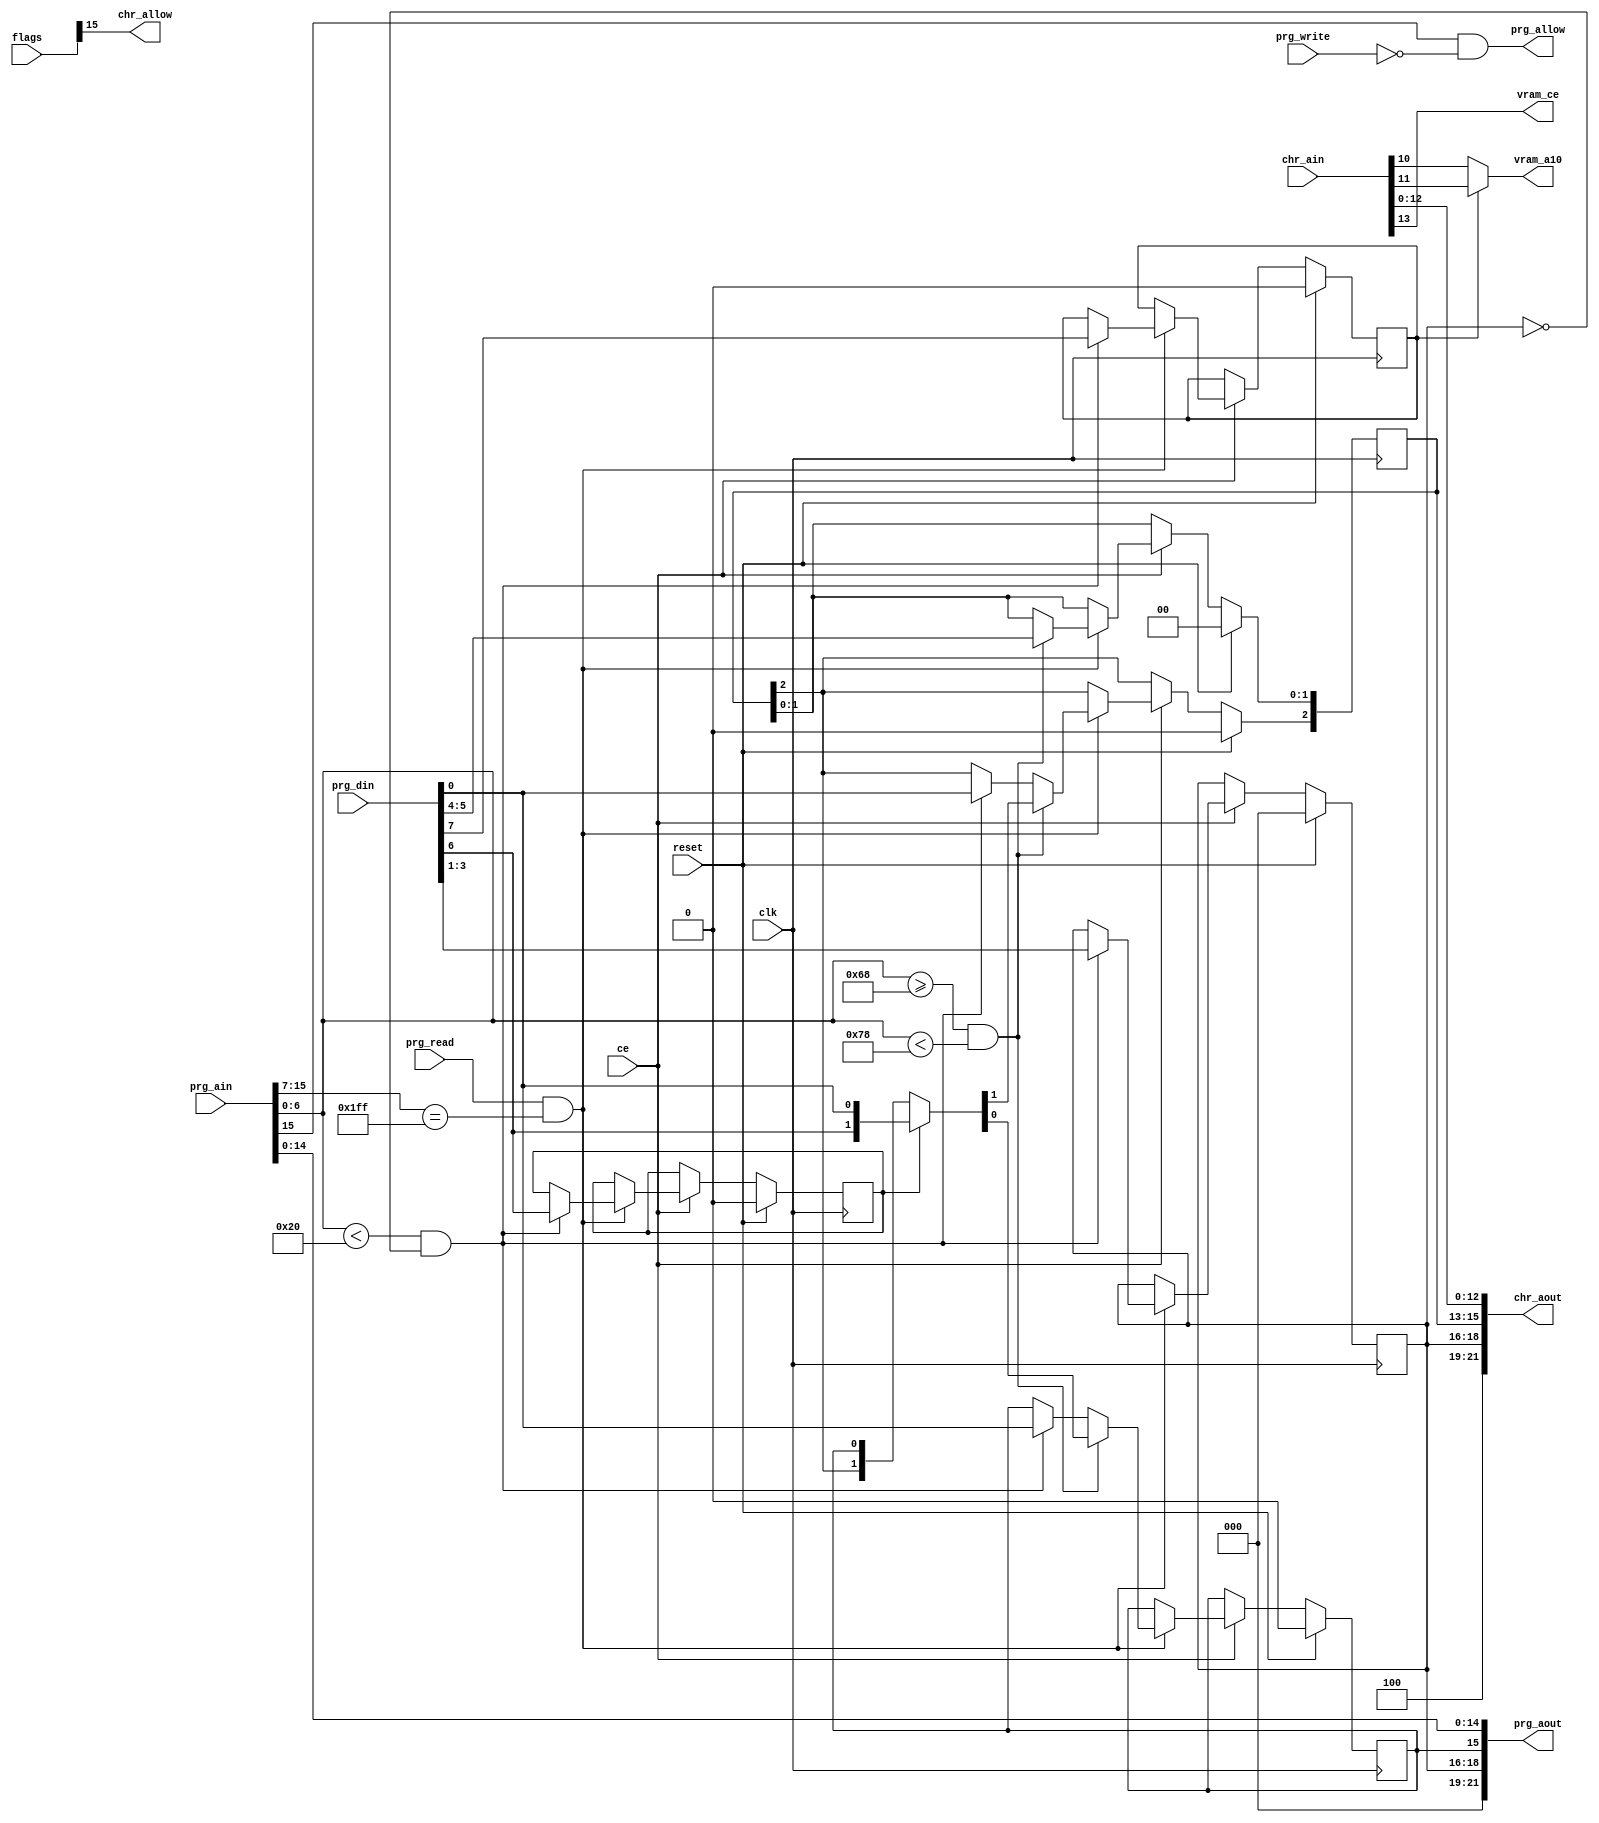
module Mapper234(input clk, input ce, input reset,
                input [31:0] flags,
                input [15:0] prg_ain, output [21:0] prg_aout,
                input prg_read, prg_write,                   
                input [7:0] prg_din,
                output prg_allow,                          
                input [13:0] chr_ain, output [21:0] chr_aout,
                output chr_allow,                             
                output vram_a10,                              
                output vram_ce);                              
  reg [2:0] block, inner_chr;
  reg mode, mirroring, inner_prg;
  always @(posedge clk) if (reset) begin
    block <= 0;
    {mode, mirroring} <= 0;
    inner_chr <= 0;
    inner_prg <= 0;
  end else if (ce) begin
    if (prg_read && prg_ain[15:7] == 9'b1111_1111_1) begin
      if (prg_ain[6:0] < 7'h20 && (block == 0)) begin
        {mirroring, mode} <= prg_din[7:6];
        block <= prg_din[3:1];
        {inner_chr[2], inner_prg} <= {prg_din[0], prg_din[0]};
      end
      if (prg_ain[6:0] >= 7'h68 && prg_ain[6:0] < 7'h78) begin
        {inner_chr[2], inner_prg} <= mode ? {prg_din[6], prg_din[0]} : {inner_chr[2], inner_prg};
        inner_chr[1:0] <= prg_din[5:4];
      end
    end
  end
  assign vram_a10 = mirroring ? chr_ain[11] : chr_ain[10];
  assign prg_aout = {3'b00_0, block, inner_prg, prg_ain[14:0]};
  assign chr_aout = {3'b10_0, block, inner_chr, chr_ain[12:0]};
  assign prg_allow = prg_ain[15] && !prg_write;
  assign chr_allow = flags[15];
  assign vram_ce = chr_ain[13];
endmodule